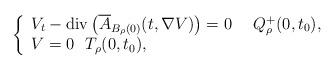
LaTeX: \begin{align*} \left\{ \begin{array}{l} {V_t} - \operatorname{div}\left( {\overline{A}_{B_{\rho}(0)}(t,\nabla V)} \right) = 0 ~~~~Q_\rho^+(0,t_0),\\ V = 0~~ T_\rho(0,t_0), \\ \end{array} \right. \end{align*}